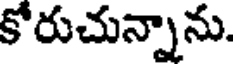
కోరుచున్నాను.